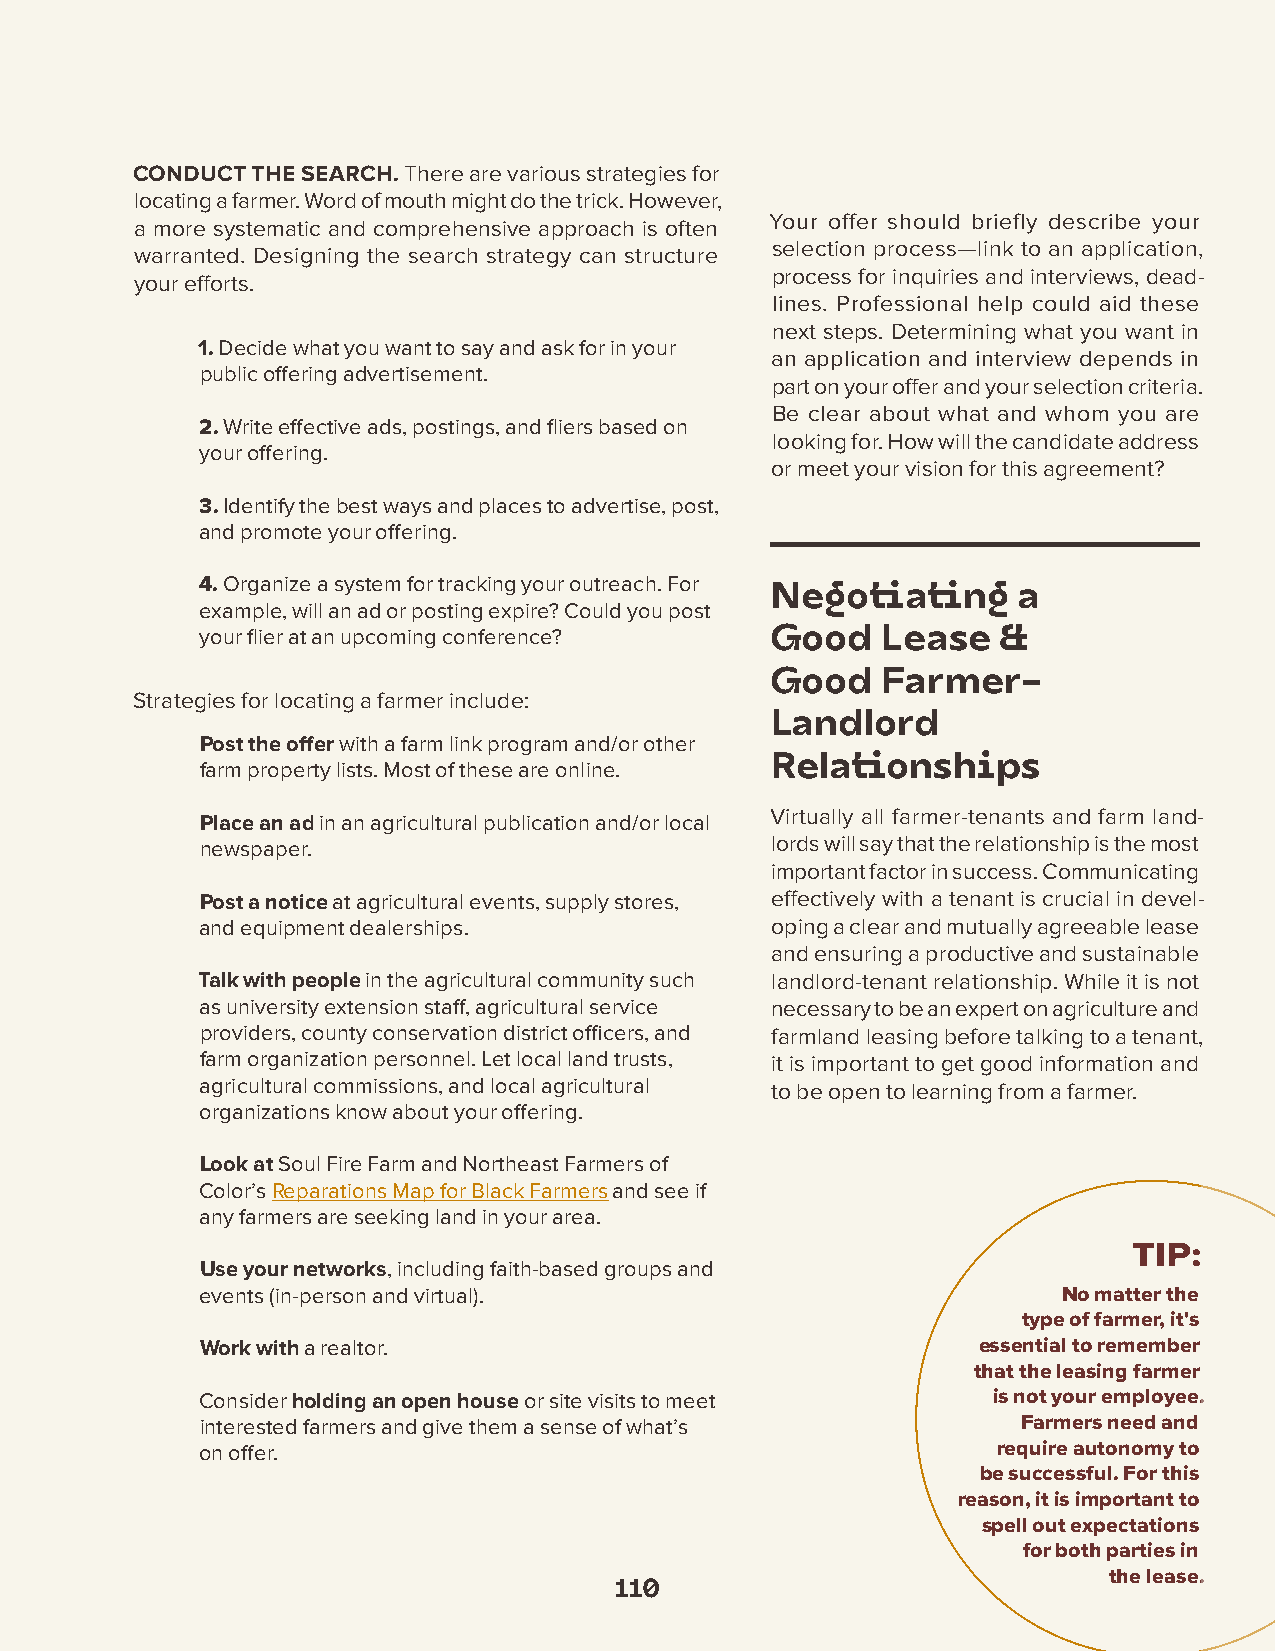
CONDUCT THE SEARCH. There are various strategies for
 locating a farmer. Word of mouth might do the trick. However,
 Your offer should briefly describe your
 a more systematic and comprehensive approach is often
 selection process—link to an application,
 warranted. Designing the search strategy can structure
 process for inquiries and interviews, dead-
 your efforts.
 lines. Professional help could aid these
 next steps. Determining what you want in
 1. Decide what you want to say and ask for in your
 an application and interview depends in
 public offering advertisement.
 part on your offer and your selection criteria.
 Be clear about what and whom you are
 2. Write effective ads, postings, and fliers based on
 looking for. How will the candidate address
 your offering.
 or meet your vision for this agreement?
 3. Identify the best ways and places to advertise, post,
 and promote your offering.
 4. Organize a system for tracking your outreach. For
 Negotiating     a
 example, will an ad or posting expire? Could you post
 your flier at an upcoming conference? Good   Lease   &
 Good   Farmer-
 Strategies for locating a farmer include:
 Landlord
 Post the offer with a farm link program and/or other
 farm property lists. Most of these are online. Relationships
 Virtually all farmer-tenants and farm land-
 Place an ad in an agricultural publication and/or local
 newspaper.                            lords will say that the relationship is the most
 important factor in success. Communicating
 Post a notice at agricultural events, supply stores, effectively with a tenant is crucial in devel-
 and equipment dealerships.            oping a clear and mutually agreeable lease
 and ensuring a productive and sustainable
 Talk with people in the agricultural community such landlord-tenant relationship. While it is not
 as university extension staff, agricultural service necessary to be an expert on agriculture and
 providers, county conservation district officers, and farmland leasing before talking to a tenant,
 farm organization personnel. Let local land trusts, it is important to get good information and
 agricultural commissions, and local agricultural to be open to learning from a farmer.
 organizations know about your offering.
 Look at Soul Fire Farm and Northeast Farmers of
 Color’s Reparations Map for Black Farmers and see if
 any farmers are seeking land in your area.
 Use your networks, including faith-based groups and
 events (in-person and virtual).                          No matter the
 type of farmer, it's
 Work with a realtor.                                essential to remember
 that the leasing farmer
 Consider holding an open house or site visits to meet is not your employee.
 interested farmers and give them a sense of what’s     Farmers need and
 on offer.                                            require autonomy to
 be successful. For this
 reason, it is important to
 spell out expectations
 for both parties in
 the lease.
 110